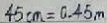
4 5 c m = 0 . 4 5 m